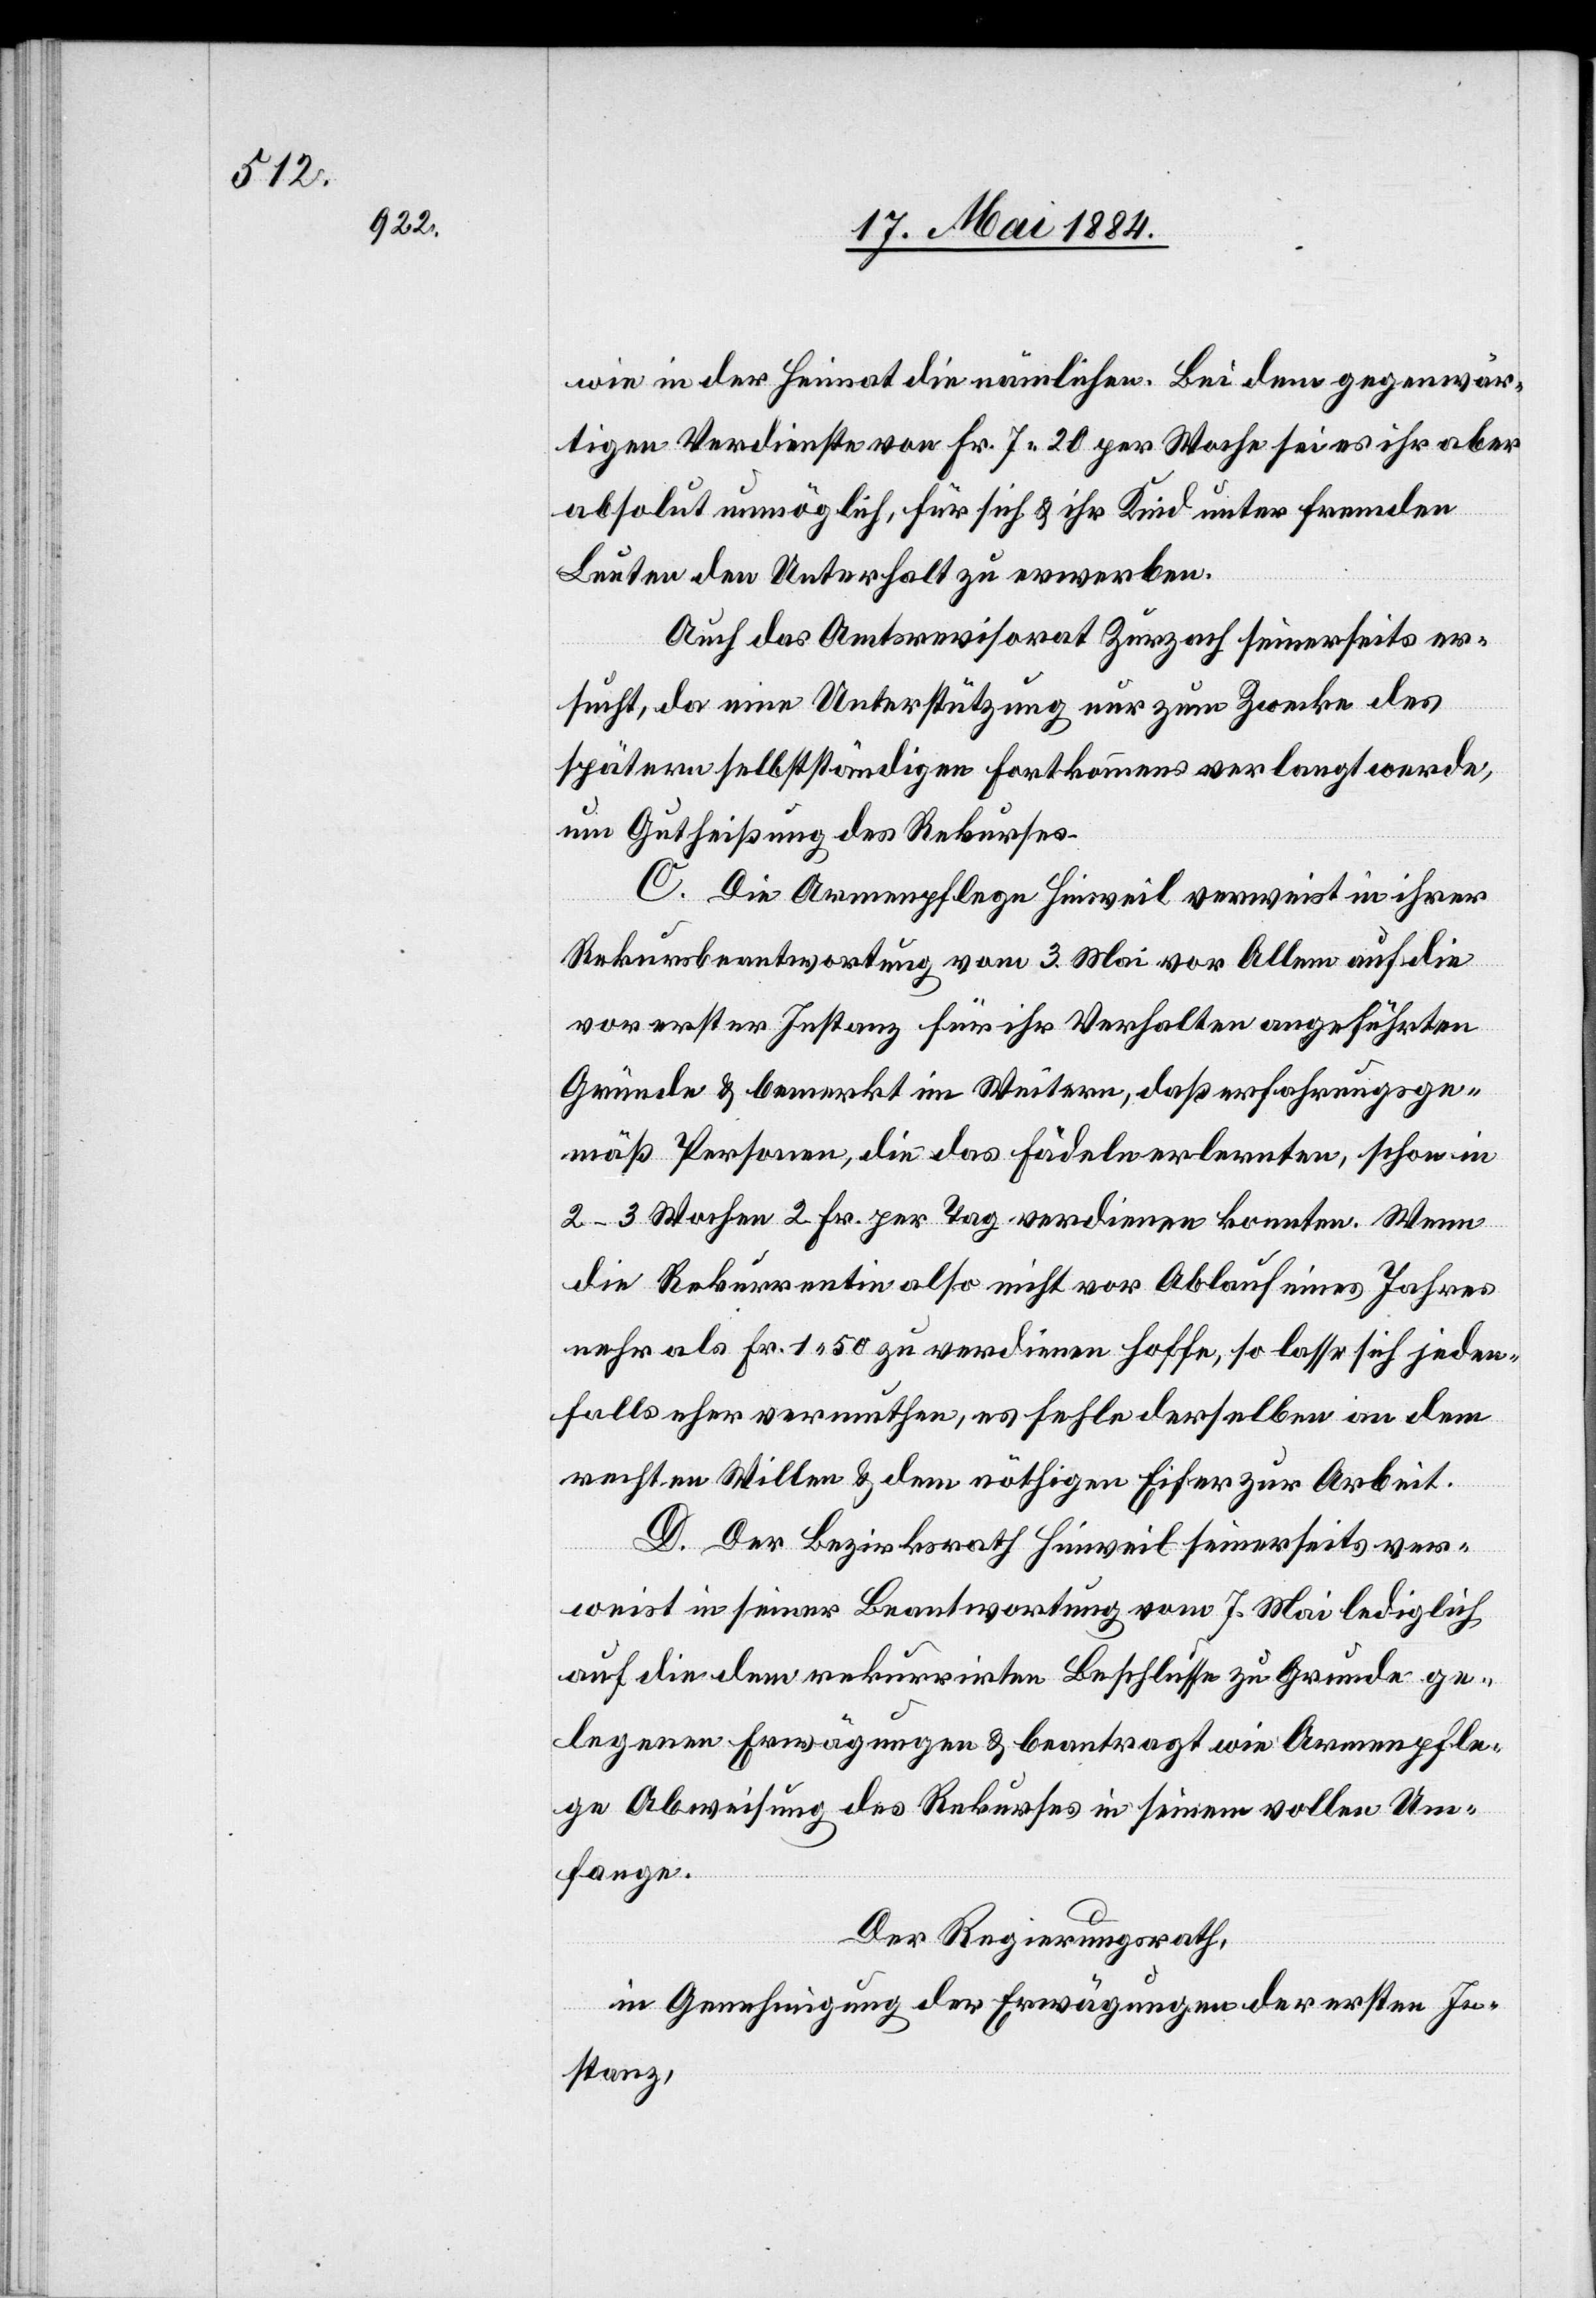
wie in der Heimat die nämlichen. Bei dem gegenwär¬
tigen Verdienste von Fr. 7 20 per Woche sei es ihr aber
absolut unmöglich, für sich & ihr Kind unter fremden
Leuten den Unterhalt zu erwerben.
Auch das Amtsrevisorat Zurzach seinerseits er¬
sucht, da eine Unterstützung nur zum Zwecke des
spätern selbstständigen Fortkommens verlangt werde,
um Gutheißung des Rekurses.
C. Die Armenpflege Hinweil verweist in ihrer
Rekursbeantwortung vom 3. Mai vor Allem auf die
vor erster Instanz für ihr Verhalten angeführten
Gründe & bemerkt im Weitern, daß erfahrungsge¬
mäß Personen, die das Fädeln erlernten, schon in
2–3 Wochen 2 Fr. per Tag verdienen konnten. Wenn
die Rekurrentin also nicht vor Ablauf eines Jahres
mehr als Fr. 1 50 zu verdienen hoffe, so lasse sich jeden¬
falls eher vermuthen, es fehle derselben an dem
rechten Willen & dem nöthigen Eifer zur Arbeit.
D. Der Bezirksrath Hinweil seinerseits ver¬
weist in seiner Beantwortung vom 7. Mai lediglich
auf die dem rekurrirten Beschlusse zu Grunde ge¬
legenen Erwägungen & beantragt wie [die] Armenpfle¬
ge Abweisung des Rekurses in seinem vollen Um¬
fange.
Der Regierungsrath,
in Genehmigung der Erwägungen der ersten In¬
stanz,